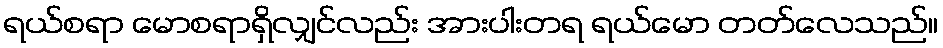
ရယ်စရာ မောစရာရှိလျှင်လည်း အားပါးတရ ရယ်မော တတ်လေသည်။